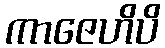
ကာဇေဟိပိ